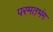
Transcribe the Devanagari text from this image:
परमतभंग